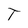
Character: T